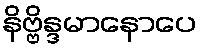
နိဗ္ဗိန္ဒမာနောပေ